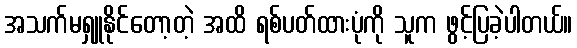
အသက်မရှူနိုင်တော့တဲ့ အထိ ရစ်ပတ်ထားပုံကို သူက ဖွင့်ပြခဲ့ပါတယ်။